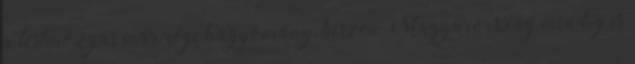
a testmozgás már régi hagyomány, hiszen Magyarország mindig is